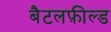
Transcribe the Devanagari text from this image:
बैटलफ़ील्ड